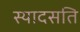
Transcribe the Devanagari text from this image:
स्यादसति